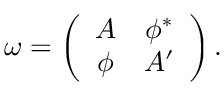
\omega = \left( \begin{array} { c c } { { A } } & { { \phi ^ { * } } } \\ { { \phi } } & { { A ^ { \prime } } } \end{array} \right) .